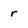
Character: r